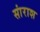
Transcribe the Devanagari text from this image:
सांराश